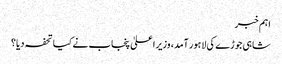
اہم خبر
شاہی جوڑے کی لاہور آمد، وزیراعلیٰ پنجاب نے کیا تحفہ دیا؟